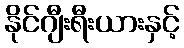
နိုင်ဂျီးရီးယားနှင့်